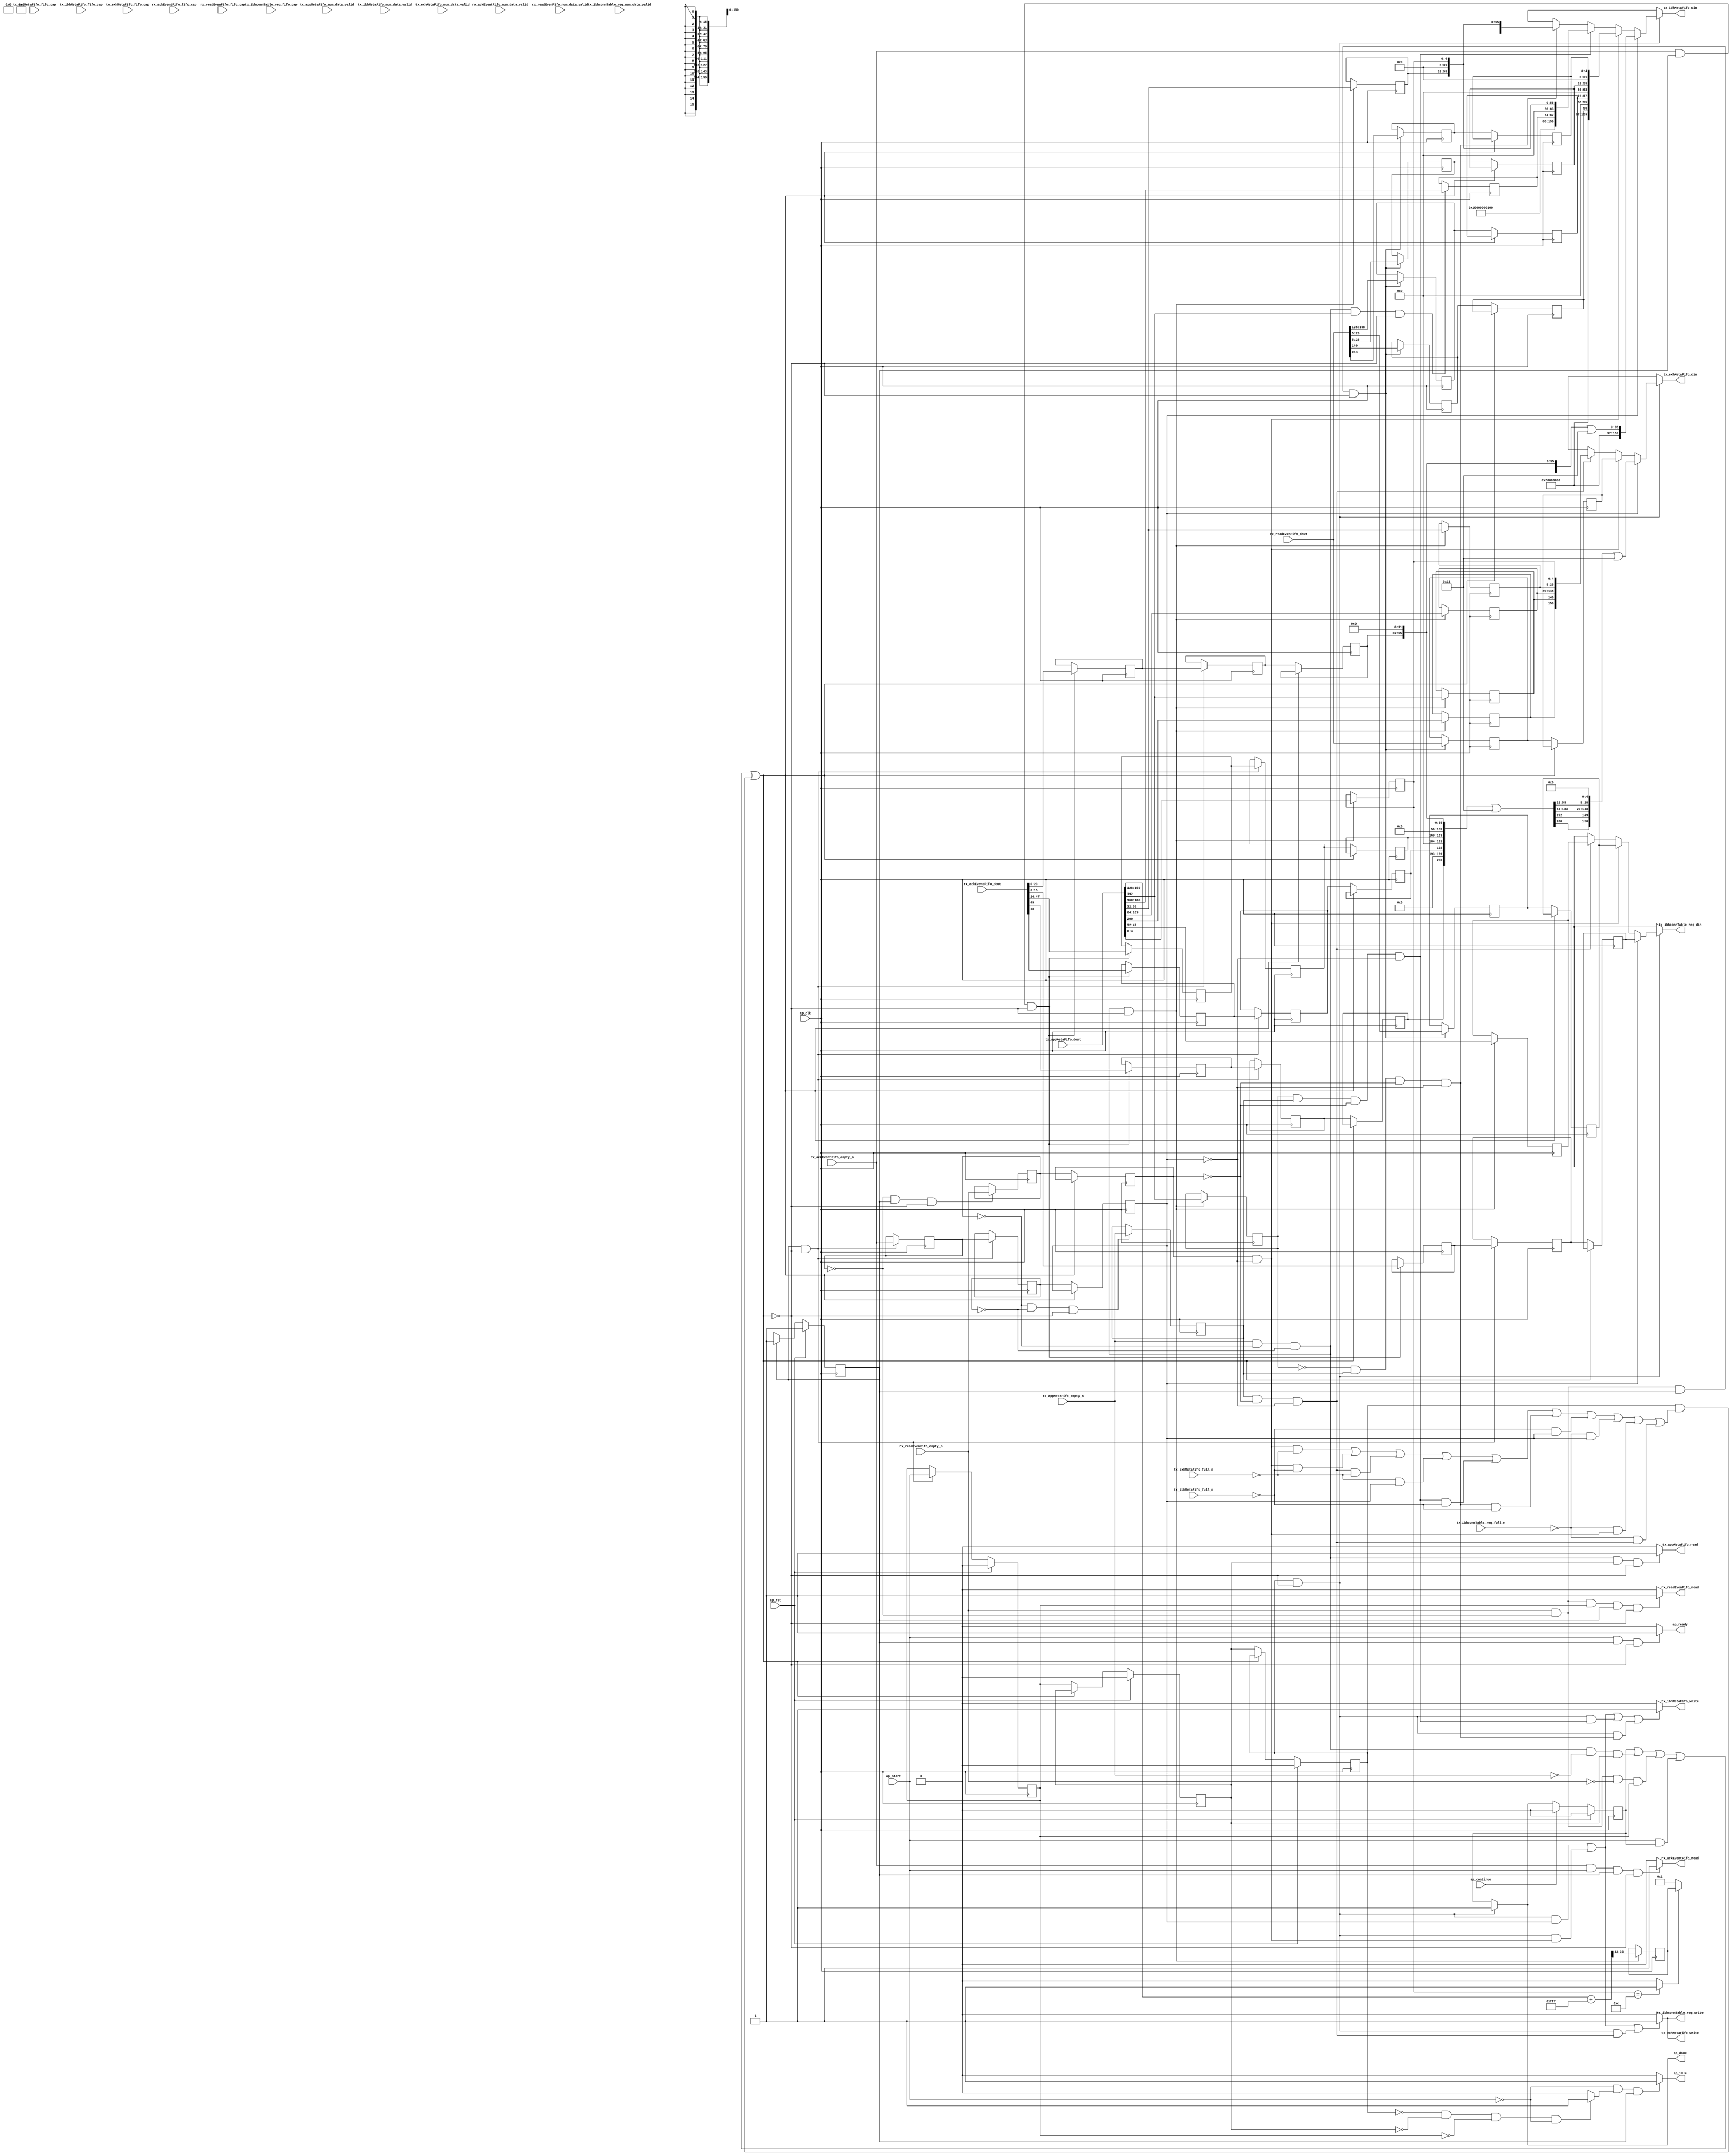
// ==============================================================
// RTL generated by Vitis HLS - High-Level Synthesis from C, C++ and OpenCL v2022.2 (64-bit)
// Version: 2022.2
// Copyright (C) Copyright 1986-2022 Xilinx, Inc. All Rights Reserved.
// 
// ===========================================================

`timescale 1 ns / 1 ps 

module rocev2_top_meta_merger_0_s (
        ap_clk,
        ap_rst,
        ap_start,
        ap_done,
        ap_continue,
        ap_idle,
        ap_ready,
        rx_ackEventFifo_dout,
        rx_ackEventFifo_num_data_valid,
        rx_ackEventFifo_fifo_cap,
        rx_ackEventFifo_empty_n,
        rx_ackEventFifo_read,
        rx_readEvenFifo_dout,
        rx_readEvenFifo_num_data_valid,
        rx_readEvenFifo_fifo_cap,
        rx_readEvenFifo_empty_n,
        rx_readEvenFifo_read,
        tx_appMetaFifo_dout,
        tx_appMetaFifo_num_data_valid,
        tx_appMetaFifo_fifo_cap,
        tx_appMetaFifo_empty_n,
        tx_appMetaFifo_read,
        tx_ibhconnTable_req_din,
        tx_ibhconnTable_req_num_data_valid,
        tx_ibhconnTable_req_fifo_cap,
        tx_ibhconnTable_req_full_n,
        tx_ibhconnTable_req_write,
        tx_ibhMetaFifo_din,
        tx_ibhMetaFifo_num_data_valid,
        tx_ibhMetaFifo_fifo_cap,
        tx_ibhMetaFifo_full_n,
        tx_ibhMetaFifo_write,
        tx_exhMetaFifo_din,
        tx_exhMetaFifo_num_data_valid,
        tx_exhMetaFifo_fifo_cap,
        tx_exhMetaFifo_full_n,
        tx_exhMetaFifo_write
);

parameter    ap_ST_fsm_pp0_stage0 = 1'd1;

input   ap_clk;
input   ap_rst;
input   ap_start;
output   ap_done;
input   ap_continue;
output   ap_idle;
output   ap_ready;
input  [49:0] rx_ackEventFifo_dout;
input  [5:0] rx_ackEventFifo_num_data_valid;
input  [5:0] rx_ackEventFifo_fifo_cap;
input   rx_ackEventFifo_empty_n;
output   rx_ackEventFifo_read;
input  [150:0] rx_readEvenFifo_dout;
input  [9:0] rx_readEvenFifo_num_data_valid;
input  [9:0] rx_readEvenFifo_fifo_cap;
input   rx_readEvenFifo_empty_n;
output   rx_readEvenFifo_read;
input  [255:0] tx_appMetaFifo_dout;
input  [5:0] tx_appMetaFifo_num_data_valid;
input  [5:0] tx_appMetaFifo_fifo_cap;
input   tx_appMetaFifo_empty_n;
output   tx_appMetaFifo_read;
output  [15:0] tx_ibhconnTable_req_din;
input  [1:0] tx_ibhconnTable_req_num_data_valid;
input  [1:0] tx_ibhconnTable_req_fifo_cap;
input   tx_ibhconnTable_req_full_n;
output   tx_ibhconnTable_req_write;
output  [159:0] tx_ibhMetaFifo_din;
input  [3:0] tx_ibhMetaFifo_num_data_valid;
input  [3:0] tx_ibhMetaFifo_fifo_cap;
input   tx_ibhMetaFifo_full_n;
output   tx_ibhMetaFifo_write;
output  [150:0] tx_exhMetaFifo_din;
input  [2:0] tx_exhMetaFifo_num_data_valid;
input  [2:0] tx_exhMetaFifo_fifo_cap;
input   tx_exhMetaFifo_full_n;
output   tx_exhMetaFifo_write;

reg ap_done;
reg ap_idle;
reg ap_ready;
reg rx_ackEventFifo_read;
reg rx_readEvenFifo_read;
reg tx_appMetaFifo_read;
reg[15:0] tx_ibhconnTable_req_din;
reg tx_ibhconnTable_req_write;
reg[159:0] tx_ibhMetaFifo_din;
reg tx_ibhMetaFifo_write;
reg[150:0] tx_exhMetaFifo_din;
reg tx_exhMetaFifo_write;

(* fsm_encoding = "none" *) reg   [0:0] ap_CS_fsm;
wire    ap_CS_fsm_pp0_stage0;
wire    ap_enable_reg_pp0_iter0;
reg    ap_enable_reg_pp0_iter1;
reg    ap_enable_reg_pp0_iter2;
reg    ap_enable_reg_pp0_iter3;
reg    ap_idle_pp0;
wire   [0:0] tmp_i_nbreadreq_fu_158_p3;
reg    ap_done_reg;
reg    ap_block_state1_pp0_stage0_iter0;
reg   [0:0] tmp_i_reg_594;
wire   [0:0] tmp_189_i_nbreadreq_fu_172_p3;
reg    ap_predicate_op42_read_state2;
reg    ap_block_state2_pp0_stage0_iter1;
reg   [0:0] tmp_i_reg_594_pp0_iter1_reg;
reg   [0:0] tmp_189_i_reg_626;
wire   [0:0] tmp_191_i_nbreadreq_fu_186_p3;
reg    ap_predicate_op50_read_state3;
reg    ap_block_state3_pp0_stage0_iter2;
reg   [0:0] tmp_i_reg_594_pp0_iter2_reg;
reg   [0:0] tmp_189_i_reg_626_pp0_iter2_reg;
reg   [0:0] tmp_191_i_reg_660;
reg    ap_predicate_op67_write_state4;
reg   [0:0] ev_validPsn_reg_672;
reg    ap_predicate_op70_write_state4;
reg    ap_predicate_op74_write_state4;
reg    ap_predicate_op77_write_state4;
reg    ap_predicate_op79_write_state4;
reg    ap_predicate_op82_write_state4;
reg    ap_predicate_op83_write_state4;
reg    ap_block_state4_pp0_stage0_iter3;
reg    ap_block_pp0_stage0_subdone;
reg    rx_ackEventFifo_blk_n;
wire    ap_block_pp0_stage0;
reg    tx_ibhconnTable_req_blk_n;
reg    tx_ibhMetaFifo_blk_n;
reg    tx_exhMetaFifo_blk_n;
reg    rx_readEvenFifo_blk_n;
reg    tx_appMetaFifo_blk_n;
reg    ap_block_pp0_stage0_11001;
reg   [0:0] aev_validPsn_reg_598;
reg   [0:0] aev_validPsn_reg_598_pp0_iter1_reg;
reg   [0:0] aev_validPsn_reg_598_pp0_iter2_reg;
reg   [0:0] aev_isNak_reg_604;
reg   [0:0] aev_isNak_reg_604_pp0_iter1_reg;
reg   [0:0] aev_isNak_reg_604_pp0_iter2_reg;
reg   [23:0] trunc_ln1810_5_reg_609;
reg   [23:0] trunc_ln1810_5_reg_609_pp0_iter1_reg;
reg   [23:0] trunc_ln1810_5_reg_609_pp0_iter2_reg;
wire   [15:0] trunc_ln628_fu_247_p1;
reg   [15:0] trunc_ln628_reg_615;
reg   [15:0] trunc_ln628_reg_615_pp0_iter1_reg;
reg   [15:0] trunc_ln628_reg_615_pp0_iter2_reg;
wire   [23:0] trunc_ln1814_fu_251_p1;
reg   [23:0] trunc_ln1814_reg_620;
reg   [23:0] trunc_ln1814_reg_620_pp0_iter1_reg;
reg   [23:0] trunc_ln1814_reg_620_pp0_iter2_reg;
reg   [150:0] rx_readEvenFifo_read_reg_630;
reg   [150:0] rx_readEvenFifo_read_reg_630_pp0_iter2_reg;
wire   [4:0] ev_op_code_V_fu_255_p1;
reg   [4:0] ev_op_code_V_reg_635;
reg   [4:0] ev_op_code_V_reg_635_pp0_iter2_reg;
reg   [0:0] tmp_97_reg_640;
reg   [0:0] tmp_97_reg_640_pp0_iter2_reg;
reg   [23:0] trunc_ln1820_8_reg_645;
reg   [23:0] trunc_ln1820_8_reg_645_pp0_iter2_reg;
reg   [15:0] p_s_reg_650;
reg   [15:0] p_s_reg_650_pp0_iter2_reg;
reg   [23:0] tmp_18_reg_655;
reg   [23:0] tmp_18_reg_655_pp0_iter2_reg;
wire   [4:0] ev_op_code_V_1_fu_297_p1;
reg   [4:0] ev_op_code_V_1_reg_664;
wire   [0:0] ev_validPsn_fu_311_p3;
reg   [20:0] numPkg_V_reg_676;
reg   [15:0] p_13_reg_681;
reg   [23:0] tmp_312_i_reg_686;
reg   [23:0] tmp_313_i_reg_692;
reg   [0:0] tmp_99_reg_697;
reg   [0:0] tmp_100_reg_702;
reg   [119:0] tmp_19_reg_707;
reg   [23:0] tmp_20_reg_712;
reg    ap_block_pp0_stage0_01001;
wire   [159:0] zext_ln1844_fu_429_p1;
wire   [159:0] zext_ln1840_fu_447_p1;
wire   [159:0] zext_ln1823_fu_478_p1;
wire   [159:0] zext_ln1814_fu_510_p1;
wire   [150:0] p_14_fu_452_p6;
wire   [150:0] or_ln1815_1_fu_587_p2;
wire   [31:0] ev_length_V_fu_301_p4;
wire   [32:0] zext_ln1495_fu_319_p1;
wire   [32:0] ret_V_fu_323_p2;
wire   [0:0] icmp_ln1019_fu_405_p2;
wire   [20:0] numPkg_V_1_fu_410_p3;
wire   [148:0] tmp_316_i_fu_417_p6;
wire   [128:0] zext_ln1840_cast_fu_434_p7;
wire   [128:0] zext_ln1823_cast_fu_462_p9;
wire   [96:0] or_ln1814_1_fu_483_p7;
wire   [96:0] or_ln1814_fu_496_p2;
wire   [128:0] zext_ln1814_cast_fu_502_p3;
wire   [200:0] or_ln1815_2_fu_515_p9;
wire   [200:0] or_ln1815_fu_531_p2;
wire   [0:0] tmp_96_fu_555_p3;
wire   [0:0] tmp_fu_547_p3;
wire   [119:0] tmp_17_fu_563_p4;
wire   [23:0] tmp_s_fu_537_p4;
wire   [150:0] or_ln1815_8_fu_573_p6;
reg   [0:0] ap_NS_fsm;
reg    ap_idle_pp0_0to2;
reg    ap_reset_idle_pp0;
wire    ap_enable_pp0;
wire    ap_ce_reg;

// power-on initialization
initial begin
#0 ap_CS_fsm = 1'd1;
#0 ap_enable_reg_pp0_iter1 = 1'b0;
#0 ap_enable_reg_pp0_iter2 = 1'b0;
#0 ap_enable_reg_pp0_iter3 = 1'b0;
#0 ap_done_reg = 1'b0;
end

always @ (posedge ap_clk) begin
    if (ap_rst == 1'b1) begin
        ap_CS_fsm <= ap_ST_fsm_pp0_stage0;
    end else begin
        ap_CS_fsm <= ap_NS_fsm;
    end
end

always @ (posedge ap_clk) begin
    if (ap_rst == 1'b1) begin
        ap_done_reg <= 1'b0;
    end else begin
        if ((ap_continue == 1'b1)) begin
            ap_done_reg <= 1'b0;
        end else if (((ap_enable_reg_pp0_iter3 == 1'b1) & (1'b0 == ap_block_pp0_stage0_subdone))) begin
            ap_done_reg <= 1'b1;
        end
    end
end

always @ (posedge ap_clk) begin
    if (ap_rst == 1'b1) begin
        ap_enable_reg_pp0_iter1 <= 1'b0;
    end else begin
        if (((1'b1 == ap_CS_fsm_pp0_stage0) & (1'b0 == ap_block_pp0_stage0_subdone))) begin
            ap_enable_reg_pp0_iter1 <= ap_start;
        end
    end
end

always @ (posedge ap_clk) begin
    if (ap_rst == 1'b1) begin
        ap_enable_reg_pp0_iter2 <= 1'b0;
    end else begin
        if ((1'b0 == ap_block_pp0_stage0_subdone)) begin
            ap_enable_reg_pp0_iter2 <= ap_enable_reg_pp0_iter1;
        end
    end
end

always @ (posedge ap_clk) begin
    if (ap_rst == 1'b1) begin
        ap_enable_reg_pp0_iter3 <= 1'b0;
    end else begin
        if ((1'b0 == ap_block_pp0_stage0_subdone)) begin
            ap_enable_reg_pp0_iter3 <= ap_enable_reg_pp0_iter2;
        end
    end
end

always @ (posedge ap_clk) begin
    if (((tmp_i_nbreadreq_fu_158_p3 == 1'd1) & (1'b1 == ap_CS_fsm_pp0_stage0) & (1'b0 == ap_block_pp0_stage0_11001))) begin
        aev_isNak_reg_604 <= rx_ackEventFifo_dout[32'd49];
        aev_validPsn_reg_598 <= rx_ackEventFifo_dout[32'd48];
        trunc_ln1810_5_reg_609 <= {{rx_ackEventFifo_dout[47:24]}};
        trunc_ln1814_reg_620 <= trunc_ln1814_fu_251_p1;
        trunc_ln628_reg_615 <= trunc_ln628_fu_247_p1;
    end
end

always @ (posedge ap_clk) begin
    if (((1'b1 == ap_CS_fsm_pp0_stage0) & (1'b0 == ap_block_pp0_stage0_11001))) begin
        aev_isNak_reg_604_pp0_iter1_reg <= aev_isNak_reg_604;
        aev_validPsn_reg_598_pp0_iter1_reg <= aev_validPsn_reg_598;
        tmp_i_reg_594 <= tmp_i_nbreadreq_fu_158_p3;
        tmp_i_reg_594_pp0_iter1_reg <= tmp_i_reg_594;
        trunc_ln1810_5_reg_609_pp0_iter1_reg <= trunc_ln1810_5_reg_609;
        trunc_ln1814_reg_620_pp0_iter1_reg <= trunc_ln1814_reg_620;
        trunc_ln628_reg_615_pp0_iter1_reg <= trunc_ln628_reg_615;
    end
end

always @ (posedge ap_clk) begin
    if ((1'b0 == ap_block_pp0_stage0_11001)) begin
        aev_isNak_reg_604_pp0_iter2_reg <= aev_isNak_reg_604_pp0_iter1_reg;
        aev_validPsn_reg_598_pp0_iter2_reg <= aev_validPsn_reg_598_pp0_iter1_reg;
        ev_op_code_V_reg_635_pp0_iter2_reg <= ev_op_code_V_reg_635;
        p_s_reg_650_pp0_iter2_reg <= p_s_reg_650;
        rx_readEvenFifo_read_reg_630_pp0_iter2_reg <= rx_readEvenFifo_read_reg_630;
        tmp_189_i_reg_626_pp0_iter2_reg <= tmp_189_i_reg_626;
        tmp_18_reg_655_pp0_iter2_reg <= tmp_18_reg_655;
        tmp_97_reg_640_pp0_iter2_reg <= tmp_97_reg_640;
        tmp_i_reg_594_pp0_iter2_reg <= tmp_i_reg_594_pp0_iter1_reg;
        trunc_ln1810_5_reg_609_pp0_iter2_reg <= trunc_ln1810_5_reg_609_pp0_iter1_reg;
        trunc_ln1814_reg_620_pp0_iter2_reg <= trunc_ln1814_reg_620_pp0_iter1_reg;
        trunc_ln1820_8_reg_645_pp0_iter2_reg <= trunc_ln1820_8_reg_645;
        trunc_ln628_reg_615_pp0_iter2_reg <= trunc_ln628_reg_615_pp0_iter1_reg;
    end
end

always @ (posedge ap_clk) begin
    if (((tmp_191_i_nbreadreq_fu_186_p3 == 1'd1) & (tmp_189_i_reg_626 == 1'd0) & (tmp_i_reg_594_pp0_iter1_reg == 1'd0) & (1'b0 == ap_block_pp0_stage0_11001))) begin
        ev_op_code_V_1_reg_664 <= ev_op_code_V_1_fu_297_p1;
        ev_validPsn_reg_672 <= tx_appMetaFifo_dout[256'd192];
        numPkg_V_reg_676 <= {{ret_V_fu_323_p2[32:12]}};
        p_13_reg_681 <= {{tx_appMetaFifo_dout[47:32]}};
        tmp_100_reg_702 <= tx_appMetaFifo_dout[256'd192];
        tmp_19_reg_707 <= {{tx_appMetaFifo_dout[183:64]}};
        tmp_20_reg_712 <= {{tx_appMetaFifo_dout[55:32]}};
        tmp_312_i_reg_686 <= {{tx_appMetaFifo_dout[55:32]}};
        tmp_99_reg_697 <= tx_appMetaFifo_dout[256'd200];
    end
end

always @ (posedge ap_clk) begin
    if (((tmp_189_i_nbreadreq_fu_172_p3 == 1'd1) & (tmp_i_reg_594 == 1'd0) & (1'b1 == ap_CS_fsm_pp0_stage0) & (1'b0 == ap_block_pp0_stage0_11001))) begin
        ev_op_code_V_reg_635 <= ev_op_code_V_fu_255_p1;
        p_s_reg_650 <= {{rx_readEvenFifo_dout[20:5]}};
        tmp_18_reg_655 <= {{rx_readEvenFifo_dout[148:125]}};
        tmp_97_reg_640 <= rx_readEvenFifo_dout[32'd149];
        trunc_ln1820_8_reg_645 <= {{rx_readEvenFifo_dout[28:5]}};
    end
end

always @ (posedge ap_clk) begin
    if (((ap_predicate_op42_read_state2 == 1'b1) & (1'b1 == ap_CS_fsm_pp0_stage0) & (1'b0 == ap_block_pp0_stage0_11001))) begin
        rx_readEvenFifo_read_reg_630 <= rx_readEvenFifo_dout;
    end
end

always @ (posedge ap_clk) begin
    if (((tmp_i_reg_594 == 1'd0) & (1'b1 == ap_CS_fsm_pp0_stage0) & (1'b0 == ap_block_pp0_stage0_11001))) begin
        tmp_189_i_reg_626 <= tmp_189_i_nbreadreq_fu_172_p3;
    end
end

always @ (posedge ap_clk) begin
    if (((tmp_189_i_reg_626 == 1'd0) & (tmp_i_reg_594_pp0_iter1_reg == 1'd0) & (1'b0 == ap_block_pp0_stage0_11001))) begin
        tmp_191_i_reg_660 <= tmp_191_i_nbreadreq_fu_186_p3;
    end
end

always @ (posedge ap_clk) begin
    if (((tmp_191_i_nbreadreq_fu_186_p3 == 1'd1) & (tmp_189_i_reg_626 == 1'd0) & (tmp_i_reg_594_pp0_iter1_reg == 1'd0) & (ev_validPsn_fu_311_p3 == 1'd1) & (1'b0 == ap_block_pp0_stage0_11001))) begin
        tmp_313_i_reg_692 <= {{tx_appMetaFifo_dout[183:160]}};
    end
end

always @ (*) begin
    if (((ap_enable_reg_pp0_iter3 == 1'b1) & (1'b0 == ap_block_pp0_stage0_subdone))) begin
        ap_done = 1'b1;
    end else begin
        ap_done = ap_done_reg;
    end
end

always @ (*) begin
    if (((ap_start == 1'b0) & (ap_idle_pp0 == 1'b1) & (1'b1 == ap_CS_fsm_pp0_stage0))) begin
        ap_idle = 1'b1;
    end else begin
        ap_idle = 1'b0;
    end
end

always @ (*) begin
    if (((ap_enable_reg_pp0_iter3 == 1'b0) & (ap_enable_reg_pp0_iter2 == 1'b0) & (ap_enable_reg_pp0_iter1 == 1'b0) & (ap_enable_reg_pp0_iter0 == 1'b0))) begin
        ap_idle_pp0 = 1'b1;
    end else begin
        ap_idle_pp0 = 1'b0;
    end
end

always @ (*) begin
    if (((ap_enable_reg_pp0_iter2 == 1'b0) & (ap_enable_reg_pp0_iter1 == 1'b0) & (ap_enable_reg_pp0_iter0 == 1'b0))) begin
        ap_idle_pp0_0to2 = 1'b1;
    end else begin
        ap_idle_pp0_0to2 = 1'b0;
    end
end

always @ (*) begin
    if (((ap_start == 1'b1) & (1'b1 == ap_CS_fsm_pp0_stage0) & (1'b0 == ap_block_pp0_stage0_subdone))) begin
        ap_ready = 1'b1;
    end else begin
        ap_ready = 1'b0;
    end
end

always @ (*) begin
    if (((ap_start == 1'b0) & (ap_idle_pp0_0to2 == 1'b1))) begin
        ap_reset_idle_pp0 = 1'b1;
    end else begin
        ap_reset_idle_pp0 = 1'b0;
    end
end

always @ (*) begin
    if (((ap_done_reg == 1'b0) & (tmp_i_nbreadreq_fu_158_p3 == 1'd1) & (ap_start == 1'b1) & (1'b1 == ap_CS_fsm_pp0_stage0) & (1'b0 == ap_block_pp0_stage0))) begin
        rx_ackEventFifo_blk_n = rx_ackEventFifo_empty_n;
    end else begin
        rx_ackEventFifo_blk_n = 1'b1;
    end
end

always @ (*) begin
    if (((tmp_i_nbreadreq_fu_158_p3 == 1'd1) & (ap_start == 1'b1) & (1'b1 == ap_CS_fsm_pp0_stage0) & (1'b0 == ap_block_pp0_stage0_11001))) begin
        rx_ackEventFifo_read = 1'b1;
    end else begin
        rx_ackEventFifo_read = 1'b0;
    end
end

always @ (*) begin
    if (((ap_predicate_op42_read_state2 == 1'b1) & (ap_enable_reg_pp0_iter1 == 1'b1) & (1'b1 == ap_CS_fsm_pp0_stage0) & (1'b0 == ap_block_pp0_stage0))) begin
        rx_readEvenFifo_blk_n = rx_readEvenFifo_empty_n;
    end else begin
        rx_readEvenFifo_blk_n = 1'b1;
    end
end

always @ (*) begin
    if (((ap_predicate_op42_read_state2 == 1'b1) & (ap_enable_reg_pp0_iter1 == 1'b1) & (1'b1 == ap_CS_fsm_pp0_stage0) & (1'b0 == ap_block_pp0_stage0_11001))) begin
        rx_readEvenFifo_read = 1'b1;
    end else begin
        rx_readEvenFifo_read = 1'b0;
    end
end

always @ (*) begin
    if (((ap_predicate_op50_read_state3 == 1'b1) & (ap_enable_reg_pp0_iter2 == 1'b1) & (1'b0 == ap_block_pp0_stage0))) begin
        tx_appMetaFifo_blk_n = tx_appMetaFifo_empty_n;
    end else begin
        tx_appMetaFifo_blk_n = 1'b1;
    end
end

always @ (*) begin
    if (((ap_predicate_op50_read_state3 == 1'b1) & (ap_enable_reg_pp0_iter2 == 1'b1) & (1'b0 == ap_block_pp0_stage0_11001))) begin
        tx_appMetaFifo_read = 1'b1;
    end else begin
        tx_appMetaFifo_read = 1'b0;
    end
end

always @ (*) begin
    if ((((ap_enable_reg_pp0_iter3 == 1'b1) & (1'b0 == ap_block_pp0_stage0) & (tmp_i_reg_594_pp0_iter2_reg == 1'd1)) | ((ap_enable_reg_pp0_iter3 == 1'b1) & (1'b0 == ap_block_pp0_stage0) & (ap_predicate_op83_write_state4 == 1'b1)) | ((ap_enable_reg_pp0_iter3 == 1'b1) & (1'b0 == ap_block_pp0_stage0) & (ap_predicate_op77_write_state4 == 1'b1)))) begin
        tx_exhMetaFifo_blk_n = tx_exhMetaFifo_full_n;
    end else begin
        tx_exhMetaFifo_blk_n = 1'b1;
    end
end

always @ (*) begin
    if (((ap_enable_reg_pp0_iter3 == 1'b1) & (1'b0 == ap_block_pp0_stage0_01001))) begin
        if ((tmp_i_reg_594_pp0_iter2_reg == 1'd1)) begin
            tx_exhMetaFifo_din = or_ln1815_1_fu_587_p2;
        end else if ((ap_predicate_op83_write_state4 == 1'b1)) begin
            tx_exhMetaFifo_din = rx_readEvenFifo_read_reg_630_pp0_iter2_reg;
        end else if ((ap_predicate_op77_write_state4 == 1'b1)) begin
            tx_exhMetaFifo_din = p_14_fu_452_p6;
        end else begin
            tx_exhMetaFifo_din = 'bx;
        end
    end else begin
        tx_exhMetaFifo_din = 'bx;
    end
end

always @ (*) begin
    if ((((ap_enable_reg_pp0_iter3 == 1'b1) & (1'b0 == ap_block_pp0_stage0_11001) & (tmp_i_reg_594_pp0_iter2_reg == 1'd1)) | ((ap_enable_reg_pp0_iter3 == 1'b1) & (1'b0 == ap_block_pp0_stage0_11001) & (ap_predicate_op83_write_state4 == 1'b1)) | ((ap_enable_reg_pp0_iter3 == 1'b1) & (1'b0 == ap_block_pp0_stage0_11001) & (ap_predicate_op77_write_state4 == 1'b1)))) begin
        tx_exhMetaFifo_write = 1'b1;
    end else begin
        tx_exhMetaFifo_write = 1'b0;
    end
end

always @ (*) begin
    if ((((ap_enable_reg_pp0_iter3 == 1'b1) & (1'b0 == ap_block_pp0_stage0) & (tmp_i_reg_594_pp0_iter2_reg == 1'd1)) | ((ap_enable_reg_pp0_iter3 == 1'b1) & (1'b0 == ap_block_pp0_stage0) & (ap_predicate_op82_write_state4 == 1'b1)) | ((ap_enable_reg_pp0_iter3 == 1'b1) & (1'b0 == ap_block_pp0_stage0) & (ap_predicate_op74_write_state4 == 1'b1)) | ((ap_enable_reg_pp0_iter3 == 1'b1) & (1'b0 == ap_block_pp0_stage0) & (ap_predicate_op70_write_state4 == 1'b1)))) begin
        tx_ibhMetaFifo_blk_n = tx_ibhMetaFifo_full_n;
    end else begin
        tx_ibhMetaFifo_blk_n = 1'b1;
    end
end

always @ (*) begin
    if (((ap_enable_reg_pp0_iter3 == 1'b1) & (1'b0 == ap_block_pp0_stage0_01001))) begin
        if ((tmp_i_reg_594_pp0_iter2_reg == 1'd1)) begin
            tx_ibhMetaFifo_din = zext_ln1814_fu_510_p1;
        end else if ((ap_predicate_op82_write_state4 == 1'b1)) begin
            tx_ibhMetaFifo_din = zext_ln1823_fu_478_p1;
        end else if ((ap_predicate_op74_write_state4 == 1'b1)) begin
            tx_ibhMetaFifo_din = zext_ln1840_fu_447_p1;
        end else if ((ap_predicate_op70_write_state4 == 1'b1)) begin
            tx_ibhMetaFifo_din = zext_ln1844_fu_429_p1;
        end else begin
            tx_ibhMetaFifo_din = 'bx;
        end
    end else begin
        tx_ibhMetaFifo_din = 'bx;
    end
end

always @ (*) begin
    if ((((ap_enable_reg_pp0_iter3 == 1'b1) & (1'b0 == ap_block_pp0_stage0_11001) & (tmp_i_reg_594_pp0_iter2_reg == 1'd1)) | ((ap_enable_reg_pp0_iter3 == 1'b1) & (1'b0 == ap_block_pp0_stage0_11001) & (ap_predicate_op82_write_state4 == 1'b1)) | ((ap_enable_reg_pp0_iter3 == 1'b1) & (1'b0 == ap_block_pp0_stage0_11001) & (ap_predicate_op74_write_state4 == 1'b1)) | ((ap_enable_reg_pp0_iter3 == 1'b1) & (1'b0 == ap_block_pp0_stage0_11001) & (ap_predicate_op70_write_state4 == 1'b1)))) begin
        tx_ibhMetaFifo_write = 1'b1;
    end else begin
        tx_ibhMetaFifo_write = 1'b0;
    end
end

always @ (*) begin
    if ((((ap_enable_reg_pp0_iter3 == 1'b1) & (1'b0 == ap_block_pp0_stage0) & (tmp_i_reg_594_pp0_iter2_reg == 1'd1)) | ((ap_enable_reg_pp0_iter3 == 1'b1) & (1'b0 == ap_block_pp0_stage0) & (ap_predicate_op79_write_state4 == 1'b1)) | ((ap_enable_reg_pp0_iter3 == 1'b1) & (1'b0 == ap_block_pp0_stage0) & (ap_predicate_op67_write_state4 == 1'b1)))) begin
        tx_ibhconnTable_req_blk_n = tx_ibhconnTable_req_full_n;
    end else begin
        tx_ibhconnTable_req_blk_n = 1'b1;
    end
end

always @ (*) begin
    if (((ap_enable_reg_pp0_iter3 == 1'b1) & (1'b0 == ap_block_pp0_stage0_01001))) begin
        if ((tmp_i_reg_594_pp0_iter2_reg == 1'd1)) begin
            tx_ibhconnTable_req_din = trunc_ln628_reg_615_pp0_iter2_reg;
        end else if ((ap_predicate_op79_write_state4 == 1'b1)) begin
            tx_ibhconnTable_req_din = p_s_reg_650_pp0_iter2_reg;
        end else if ((ap_predicate_op67_write_state4 == 1'b1)) begin
            tx_ibhconnTable_req_din = p_13_reg_681;
        end else begin
            tx_ibhconnTable_req_din = 'bx;
        end
    end else begin
        tx_ibhconnTable_req_din = 'bx;
    end
end

always @ (*) begin
    if ((((ap_enable_reg_pp0_iter3 == 1'b1) & (1'b0 == ap_block_pp0_stage0_11001) & (tmp_i_reg_594_pp0_iter2_reg == 1'd1)) | ((ap_enable_reg_pp0_iter3 == 1'b1) & (1'b0 == ap_block_pp0_stage0_11001) & (ap_predicate_op79_write_state4 == 1'b1)) | ((ap_enable_reg_pp0_iter3 == 1'b1) & (1'b0 == ap_block_pp0_stage0_11001) & (ap_predicate_op67_write_state4 == 1'b1)))) begin
        tx_ibhconnTable_req_write = 1'b1;
    end else begin
        tx_ibhconnTable_req_write = 1'b0;
    end
end

always @ (*) begin
    case (ap_CS_fsm)
        ap_ST_fsm_pp0_stage0 : begin
            ap_NS_fsm = ap_ST_fsm_pp0_stage0;
        end
        default : begin
            ap_NS_fsm = 'bx;
        end
    endcase
end

assign ap_CS_fsm_pp0_stage0 = ap_CS_fsm[32'd0];

assign ap_block_pp0_stage0 = ~(1'b1 == 1'b1);

always @ (*) begin
    ap_block_pp0_stage0_01001 = ((ap_done_reg == 1'b1) | ((ap_predicate_op50_read_state3 == 1'b1) & (tx_appMetaFifo_empty_n == 1'b0) & (ap_enable_reg_pp0_iter2 == 1'b1)) | ((ap_predicate_op42_read_state2 == 1'b1) & (rx_readEvenFifo_empty_n == 1'b0) & (ap_enable_reg_pp0_iter1 == 1'b1)) | ((ap_start == 1'b1) & ((ap_done_reg == 1'b1) | ((tmp_i_nbreadreq_fu_158_p3 == 1'd1) & (rx_ackEventFifo_empty_n == 1'b0)))) | ((ap_enable_reg_pp0_iter3 == 1'b1) & (((ap_predicate_op83_write_state4 == 1'b1) & (tx_exhMetaFifo_full_n == 1'b0)) | ((ap_predicate_op82_write_state4 == 1'b1) & (tx_ibhMetaFifo_full_n == 1'b0)) | ((ap_predicate_op77_write_state4 == 1'b1) & (tx_exhMetaFifo_full_n == 1'b0)) | ((tx_exhMetaFifo_full_n == 1'b0) & (tmp_i_reg_594_pp0_iter2_reg == 1'd1)) | ((ap_predicate_op74_write_state4 == 1'b1) & (tx_ibhMetaFifo_full_n == 1'b0)) | ((ap_predicate_op70_write_state4 == 1'b1) & (tx_ibhMetaFifo_full_n == 1'b0)) | ((tx_ibhMetaFifo_full_n == 1'b0) & (tmp_i_reg_594_pp0_iter2_reg == 1'd1)) | ((tx_ibhconnTable_req_full_n == 1'b0) & (tmp_i_reg_594_pp0_iter2_reg == 1'd1)) | ((tx_ibhconnTable_req_full_n == 1'b0) & (ap_predicate_op79_write_state4 == 1'b1)) | ((tx_ibhconnTable_req_full_n == 1'b0) & (ap_predicate_op67_write_state4 == 1'b1)))));
end

always @ (*) begin
    ap_block_pp0_stage0_11001 = ((ap_done_reg == 1'b1) | ((ap_predicate_op50_read_state3 == 1'b1) & (tx_appMetaFifo_empty_n == 1'b0) & (ap_enable_reg_pp0_iter2 == 1'b1)) | ((ap_predicate_op42_read_state2 == 1'b1) & (rx_readEvenFifo_empty_n == 1'b0) & (ap_enable_reg_pp0_iter1 == 1'b1)) | ((ap_start == 1'b1) & ((ap_done_reg == 1'b1) | ((tmp_i_nbreadreq_fu_158_p3 == 1'd1) & (rx_ackEventFifo_empty_n == 1'b0)))) | ((ap_enable_reg_pp0_iter3 == 1'b1) & (((ap_predicate_op83_write_state4 == 1'b1) & (tx_exhMetaFifo_full_n == 1'b0)) | ((ap_predicate_op82_write_state4 == 1'b1) & (tx_ibhMetaFifo_full_n == 1'b0)) | ((ap_predicate_op77_write_state4 == 1'b1) & (tx_exhMetaFifo_full_n == 1'b0)) | ((tx_exhMetaFifo_full_n == 1'b0) & (tmp_i_reg_594_pp0_iter2_reg == 1'd1)) | ((ap_predicate_op74_write_state4 == 1'b1) & (tx_ibhMetaFifo_full_n == 1'b0)) | ((ap_predicate_op70_write_state4 == 1'b1) & (tx_ibhMetaFifo_full_n == 1'b0)) | ((tx_ibhMetaFifo_full_n == 1'b0) & (tmp_i_reg_594_pp0_iter2_reg == 1'd1)) | ((tx_ibhconnTable_req_full_n == 1'b0) & (tmp_i_reg_594_pp0_iter2_reg == 1'd1)) | ((tx_ibhconnTable_req_full_n == 1'b0) & (ap_predicate_op79_write_state4 == 1'b1)) | ((tx_ibhconnTable_req_full_n == 1'b0) & (ap_predicate_op67_write_state4 == 1'b1)))));
end

always @ (*) begin
    ap_block_pp0_stage0_subdone = ((ap_done_reg == 1'b1) | ((ap_predicate_op50_read_state3 == 1'b1) & (tx_appMetaFifo_empty_n == 1'b0) & (ap_enable_reg_pp0_iter2 == 1'b1)) | ((ap_predicate_op42_read_state2 == 1'b1) & (rx_readEvenFifo_empty_n == 1'b0) & (ap_enable_reg_pp0_iter1 == 1'b1)) | ((ap_start == 1'b1) & ((ap_done_reg == 1'b1) | ((tmp_i_nbreadreq_fu_158_p3 == 1'd1) & (rx_ackEventFifo_empty_n == 1'b0)))) | ((ap_enable_reg_pp0_iter3 == 1'b1) & (((ap_predicate_op83_write_state4 == 1'b1) & (tx_exhMetaFifo_full_n == 1'b0)) | ((ap_predicate_op82_write_state4 == 1'b1) & (tx_ibhMetaFifo_full_n == 1'b0)) | ((ap_predicate_op77_write_state4 == 1'b1) & (tx_exhMetaFifo_full_n == 1'b0)) | ((tx_exhMetaFifo_full_n == 1'b0) & (tmp_i_reg_594_pp0_iter2_reg == 1'd1)) | ((ap_predicate_op74_write_state4 == 1'b1) & (tx_ibhMetaFifo_full_n == 1'b0)) | ((ap_predicate_op70_write_state4 == 1'b1) & (tx_ibhMetaFifo_full_n == 1'b0)) | ((tx_ibhMetaFifo_full_n == 1'b0) & (tmp_i_reg_594_pp0_iter2_reg == 1'd1)) | ((tx_ibhconnTable_req_full_n == 1'b0) & (tmp_i_reg_594_pp0_iter2_reg == 1'd1)) | ((tx_ibhconnTable_req_full_n == 1'b0) & (ap_predicate_op79_write_state4 == 1'b1)) | ((tx_ibhconnTable_req_full_n == 1'b0) & (ap_predicate_op67_write_state4 == 1'b1)))));
end

always @ (*) begin
    ap_block_state1_pp0_stage0_iter0 = ((ap_done_reg == 1'b1) | ((tmp_i_nbreadreq_fu_158_p3 == 1'd1) & (rx_ackEventFifo_empty_n == 1'b0)));
end

always @ (*) begin
    ap_block_state2_pp0_stage0_iter1 = ((ap_predicate_op42_read_state2 == 1'b1) & (rx_readEvenFifo_empty_n == 1'b0));
end

always @ (*) begin
    ap_block_state3_pp0_stage0_iter2 = ((ap_predicate_op50_read_state3 == 1'b1) & (tx_appMetaFifo_empty_n == 1'b0));
end

always @ (*) begin
    ap_block_state4_pp0_stage0_iter3 = (((ap_predicate_op83_write_state4 == 1'b1) & (tx_exhMetaFifo_full_n == 1'b0)) | ((ap_predicate_op82_write_state4 == 1'b1) & (tx_ibhMetaFifo_full_n == 1'b0)) | ((ap_predicate_op77_write_state4 == 1'b1) & (tx_exhMetaFifo_full_n == 1'b0)) | ((tx_exhMetaFifo_full_n == 1'b0) & (tmp_i_reg_594_pp0_iter2_reg == 1'd1)) | ((ap_predicate_op74_write_state4 == 1'b1) & (tx_ibhMetaFifo_full_n == 1'b0)) | ((ap_predicate_op70_write_state4 == 1'b1) & (tx_ibhMetaFifo_full_n == 1'b0)) | ((tx_ibhMetaFifo_full_n == 1'b0) & (tmp_i_reg_594_pp0_iter2_reg == 1'd1)) | ((tx_ibhconnTable_req_full_n == 1'b0) & (tmp_i_reg_594_pp0_iter2_reg == 1'd1)) | ((tx_ibhconnTable_req_full_n == 1'b0) & (ap_predicate_op79_write_state4 == 1'b1)) | ((tx_ibhconnTable_req_full_n == 1'b0) & (ap_predicate_op67_write_state4 == 1'b1)));
end

assign ap_enable_pp0 = (ap_idle_pp0 ^ 1'b1);

assign ap_enable_reg_pp0_iter0 = ap_start;

always @ (*) begin
    ap_predicate_op42_read_state2 = ((tmp_189_i_nbreadreq_fu_172_p3 == 1'd1) & (tmp_i_reg_594 == 1'd0));
end

always @ (*) begin
    ap_predicate_op50_read_state3 = ((tmp_191_i_nbreadreq_fu_186_p3 == 1'd1) & (tmp_189_i_reg_626 == 1'd0) & (tmp_i_reg_594_pp0_iter1_reg == 1'd0));
end

always @ (*) begin
    ap_predicate_op67_write_state4 = ((tmp_191_i_reg_660 == 1'd1) & (tmp_189_i_reg_626_pp0_iter2_reg == 1'd0) & (tmp_i_reg_594_pp0_iter2_reg == 1'd0));
end

always @ (*) begin
    ap_predicate_op70_write_state4 = ((ev_validPsn_reg_672 == 1'd0) & (tmp_191_i_reg_660 == 1'd1) & (tmp_189_i_reg_626_pp0_iter2_reg == 1'd0) & (tmp_i_reg_594_pp0_iter2_reg == 1'd0));
end

always @ (*) begin
    ap_predicate_op74_write_state4 = ((ev_validPsn_reg_672 == 1'd1) & (tmp_191_i_reg_660 == 1'd1) & (tmp_189_i_reg_626_pp0_iter2_reg == 1'd0) & (tmp_i_reg_594_pp0_iter2_reg == 1'd0));
end

always @ (*) begin
    ap_predicate_op77_write_state4 = ((tmp_191_i_reg_660 == 1'd1) & (tmp_189_i_reg_626_pp0_iter2_reg == 1'd0) & (tmp_i_reg_594_pp0_iter2_reg == 1'd0));
end

always @ (*) begin
    ap_predicate_op79_write_state4 = ((tmp_189_i_reg_626_pp0_iter2_reg == 1'd1) & (tmp_i_reg_594_pp0_iter2_reg == 1'd0));
end

always @ (*) begin
    ap_predicate_op82_write_state4 = ((tmp_189_i_reg_626_pp0_iter2_reg == 1'd1) & (tmp_i_reg_594_pp0_iter2_reg == 1'd0));
end

always @ (*) begin
    ap_predicate_op83_write_state4 = ((tmp_189_i_reg_626_pp0_iter2_reg == 1'd1) & (tmp_i_reg_594_pp0_iter2_reg == 1'd0));
end

assign ev_length_V_fu_301_p4 = {{tx_appMetaFifo_dout[159:128]}};

assign ev_op_code_V_1_fu_297_p1 = tx_appMetaFifo_dout[4:0];

assign ev_op_code_V_fu_255_p1 = rx_readEvenFifo_dout[4:0];

assign ev_validPsn_fu_311_p3 = tx_appMetaFifo_dout[256'd192];

assign icmp_ln1019_fu_405_p2 = ((ev_op_code_V_1_reg_664 == 5'd12) ? 1'b1 : 1'b0);

assign numPkg_V_1_fu_410_p3 = ((icmp_ln1019_fu_405_p2[0:0] == 1'b1) ? numPkg_V_reg_676 : 21'd1);

assign or_ln1814_1_fu_483_p7 = {{{{{{aev_validPsn_reg_598_pp0_iter2_reg}, {8'd0}}, {trunc_ln1810_5_reg_609_pp0_iter2_reg}}, {8'd0}}, {trunc_ln1814_reg_620_pp0_iter2_reg}}, {32'd0}};

assign or_ln1814_fu_496_p2 = (or_ln1814_1_fu_483_p7 | 97'd17);

assign or_ln1815_1_fu_587_p2 = (or_ln1815_8_fu_573_p6 | 151'd17);

assign or_ln1815_2_fu_515_p9 = {{{{{{{{aev_isNak_reg_604_pp0_iter2_reg}, {7'd0}}, {aev_validPsn_reg_598_pp0_iter2_reg}}, {8'd0}}, {trunc_ln1810_5_reg_609_pp0_iter2_reg}}, {104'd0}}, {trunc_ln1814_reg_620_pp0_iter2_reg}}, {32'd0}};

assign or_ln1815_8_fu_573_p6 = {{{{{tmp_96_fu_555_p3}, {tmp_fu_547_p3}}, {tmp_17_fu_563_p4}}, {tmp_s_fu_537_p4}}, {5'd0}};

assign or_ln1815_fu_531_p2 = (or_ln1815_2_fu_515_p9 | 201'd17);

assign p_14_fu_452_p6 = {{{{{tmp_99_reg_697}, {tmp_100_reg_702}}, {tmp_19_reg_707}}, {tmp_20_reg_712}}, {ev_op_code_V_1_reg_664}};

assign ret_V_fu_323_p2 = (zext_ln1495_fu_319_p1 + 33'd4095);

assign tmp_17_fu_563_p4 = {{or_ln1815_fu_531_p2[183:64]}};

assign tmp_189_i_nbreadreq_fu_172_p3 = rx_readEvenFifo_empty_n;

assign tmp_191_i_nbreadreq_fu_186_p3 = tx_appMetaFifo_empty_n;

assign tmp_316_i_fu_417_p6 = {{{{{numPkg_V_1_fu_410_p3}, {72'd0}}, {tmp_312_i_reg_686}}, {27'd0}}, {ev_op_code_V_1_reg_664}};

assign tmp_96_fu_555_p3 = or_ln1815_fu_531_p2[32'd200];

assign tmp_fu_547_p3 = or_ln1815_fu_531_p2[32'd192];

assign tmp_i_nbreadreq_fu_158_p3 = rx_ackEventFifo_empty_n;

assign tmp_s_fu_537_p4 = {{or_ln1815_fu_531_p2[55:32]}};

assign trunc_ln1814_fu_251_p1 = rx_ackEventFifo_dout[23:0];

assign trunc_ln628_fu_247_p1 = rx_ackEventFifo_dout[15:0];

assign zext_ln1495_fu_319_p1 = ev_length_V_fu_301_p4;

assign zext_ln1814_cast_fu_502_p3 = {{32'd2147483648}, {or_ln1814_fu_496_p2}};

assign zext_ln1814_fu_510_p1 = zext_ln1814_cast_fu_502_p3;

assign zext_ln1823_cast_fu_462_p9 = {{{{{{{{{{{{{{32'd2147483648}, {tmp_97_reg_640_pp0_iter2_reg}}}, {8'd0}}}, {tmp_18_reg_655_pp0_iter2_reg}}}, {8'd0}}}, {trunc_ln1820_8_reg_645_pp0_iter2_reg}}}, {27'd0}}}, {ev_op_code_V_reg_635_pp0_iter2_reg}};

assign zext_ln1823_fu_478_p1 = zext_ln1823_cast_fu_462_p9;

assign zext_ln1840_cast_fu_434_p7 = {{{{{{{{{{41'd1099511628032}, {tmp_313_i_reg_692}}}, {8'd0}}}, {tmp_312_i_reg_686}}}, {27'd0}}}, {ev_op_code_V_1_reg_664}};

assign zext_ln1840_fu_447_p1 = zext_ln1840_cast_fu_434_p7;

assign zext_ln1844_fu_429_p1 = tmp_316_i_fu_417_p6;

endmodule //rocev2_top_meta_merger_0_s